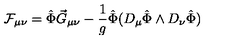
{ \cal F } _ { \mu \nu } = \hat { \Phi } \vec { G } _ { \mu \nu } - \frac { 1 } { g } \hat { \Phi } ( D _ { \mu } \hat { \Phi } \wedge D _ { \nu } \hat { \Phi } )